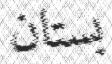
بستان